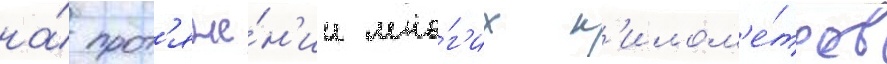
на́ прот'яже́н'ии мно́г'их к'илом'е́тров